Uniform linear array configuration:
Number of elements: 24
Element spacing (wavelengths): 0.75
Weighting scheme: exponential
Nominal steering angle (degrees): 30
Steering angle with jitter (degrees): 31.39
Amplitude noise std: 0.05
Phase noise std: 0.05

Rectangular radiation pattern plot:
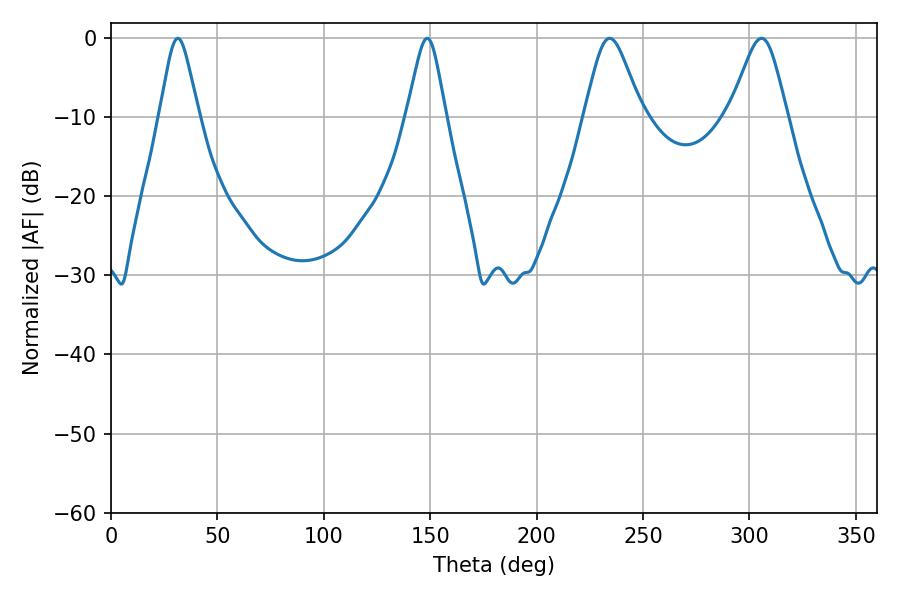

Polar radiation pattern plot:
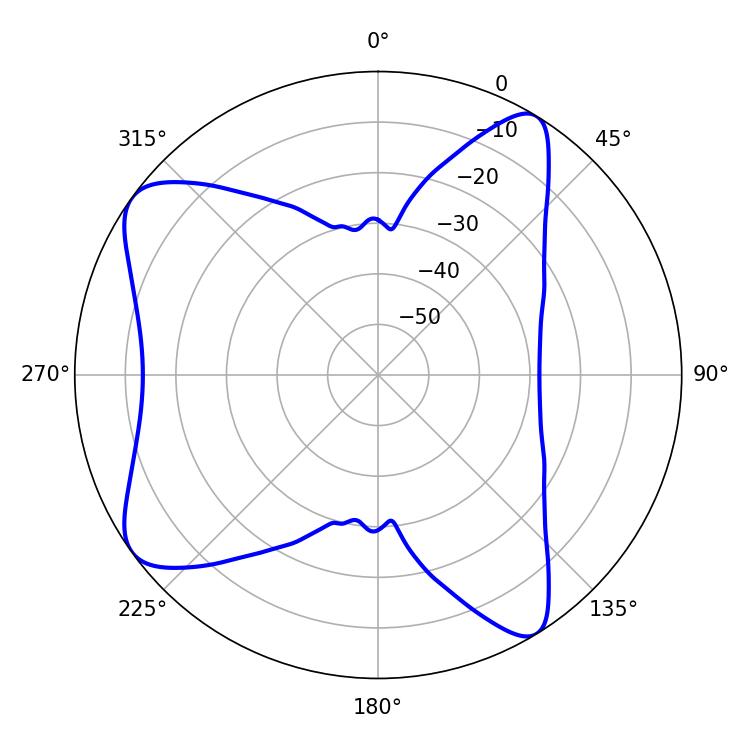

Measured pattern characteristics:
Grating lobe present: TRUE
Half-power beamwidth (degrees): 13.14
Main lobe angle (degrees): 234.36